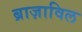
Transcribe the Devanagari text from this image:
ब्राज़ाविल